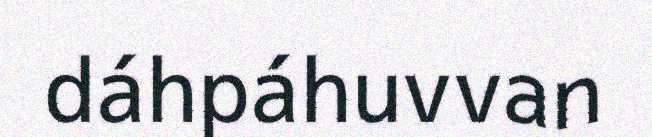
dáhpáhuvvan